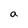
Character: a